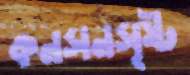
কনসনসৃষ্ট